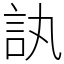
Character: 訙